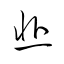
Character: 韭